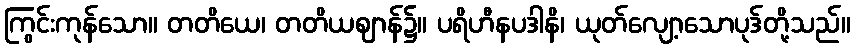
ကြွင်းကုန်သော။ တတိယေ၊ တတိယဈာန်၌။ ပရိဟီနပဒါနိ၊ ယုတ်လျော့သောပုဒ်တို့သည်။